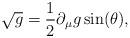
LaTeX: \begin{align*}\sqrt{g}=\frac{1}{2}\partial_{\mu}g\sin(\theta),\end{align*}